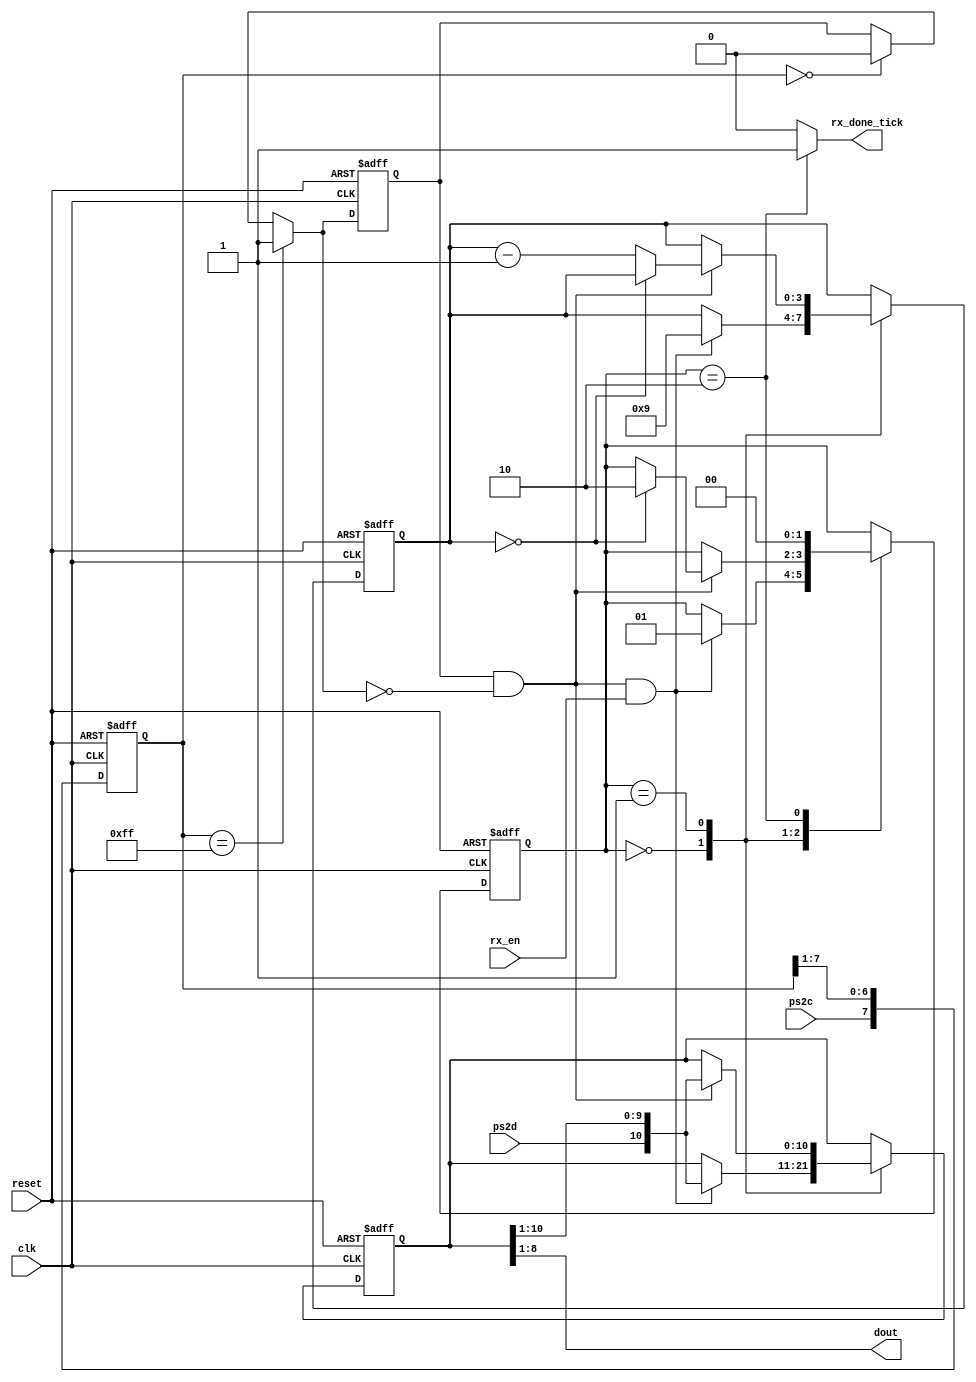
`timescale 1ns / 1ps
//////////////////////////////////////////////////////////////////////////////////
// Company: 
// Engineer: 
// 
// Design Name: 
// Module Name: ps2_rx
// Project Name: 
// Target Devices: 
// Tool Versions: 
// Description: 
// 
// Dependencies: 
// 
// Revision:
// Revision 0.01 - File Created
// Additional Comments:
// 
//////////////////////////////////////////////////////////////////////////////////


module ps2_rx(
    input wire clk, reset,
    input wire ps2d, ps2c, rx_en,
    output reg rx_done_tick,
    output wire [7:0] dout
);
 
// Symbolic state declaration
localparam [1:0]
    idle = 2'b00,
    dps  = 2'b01, // data, parity, stop
    load = 2'b10;
 
// Signal declaration
reg [1:0] state_reg, state_next;
reg [7:0] filter_reg;
wire [7:0] filter_next;
reg f_ps2c_reg;
wire f_ps2c_next;
reg [3:0] n_reg, n_next;
reg [10:0] b_reg, b_next;
wire fall_edge;
 
 
// Filter and falling-edge tick generation for ps2c
always @(posedge clk, posedge reset)
if (reset)
begin
    filter_reg <= 0;
    f_ps2c_reg <= 0;
end
else
begin
    filter_reg <= filter_next;
    f_ps2c_reg <= f_ps2c_next;
end
 
assign filter_next = {ps2c, filter_reg[7:1]};
assign f_ps2c_next = (filter_reg==8'b11111111) ? 1'b1 :
                    (filter_reg==8'b00000000) ? 1'b0 :
                    f_ps2c_reg;
assign fall_edge = f_ps2c_reg & ~f_ps2c_next;
 
// FSMD state & data registers
always @(posedge clk, posedge reset)
if (reset)
begin
    state_reg <= idle;
    n_reg <= 0;
    b_reg <= 0;
end
else
begin
    state_reg <= state_next;
    n_reg <= n_next;
    b_reg <= b_next;
end
 
// FSMD next-state logic
always @*
begin
    state_next = state_reg;
    rx_done_tick = 1'b0;
    n_next = n_reg;
    b_next = b_reg;
    case (state_reg)
        idle:
            if (fall_edge & rx_en)
            begin
                // Shift in start bit
                b_next = {ps2d, b_reg[10:1]};
                n_next = 4'b1001;
                state_next = dps;
            end
        dps: // 8 data + 1 parity + 1 stop
            if (fall_edge)
            begin
                b_next = {ps2d, b_reg[10:1]};
                if (n_reg==0)
                    state_next = load;
                else
                    n_next = n_reg - 1;
            end
        load: // 1 extra clock to complete the last shift
            begin
                state_next = idle;
                rx_done_tick = 1'b1;
            end
    endcase
end
 
// Output
assign dout = b_reg[8:1]; // Data bits
 
endmodule